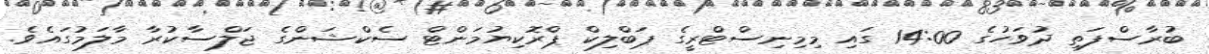
ބުރާސްފަތި ދުވަހުގެ 14:00 ގައި މިމިނިސްޓްރީގެ ޕަބްލިކް ޕްރޮކިޔުމަންޓް ސެކްޝަންގެ ޖަލްސާކުރާ މާލަމުގައެވެ.